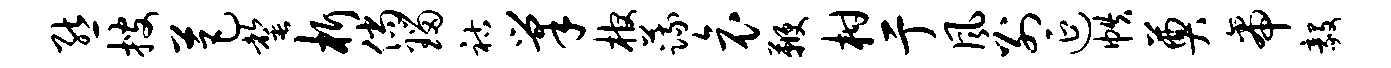
熊搜芭罄析倘瑙祜巢棺蔬哀鞭柑亍风别延帙奠帝毅